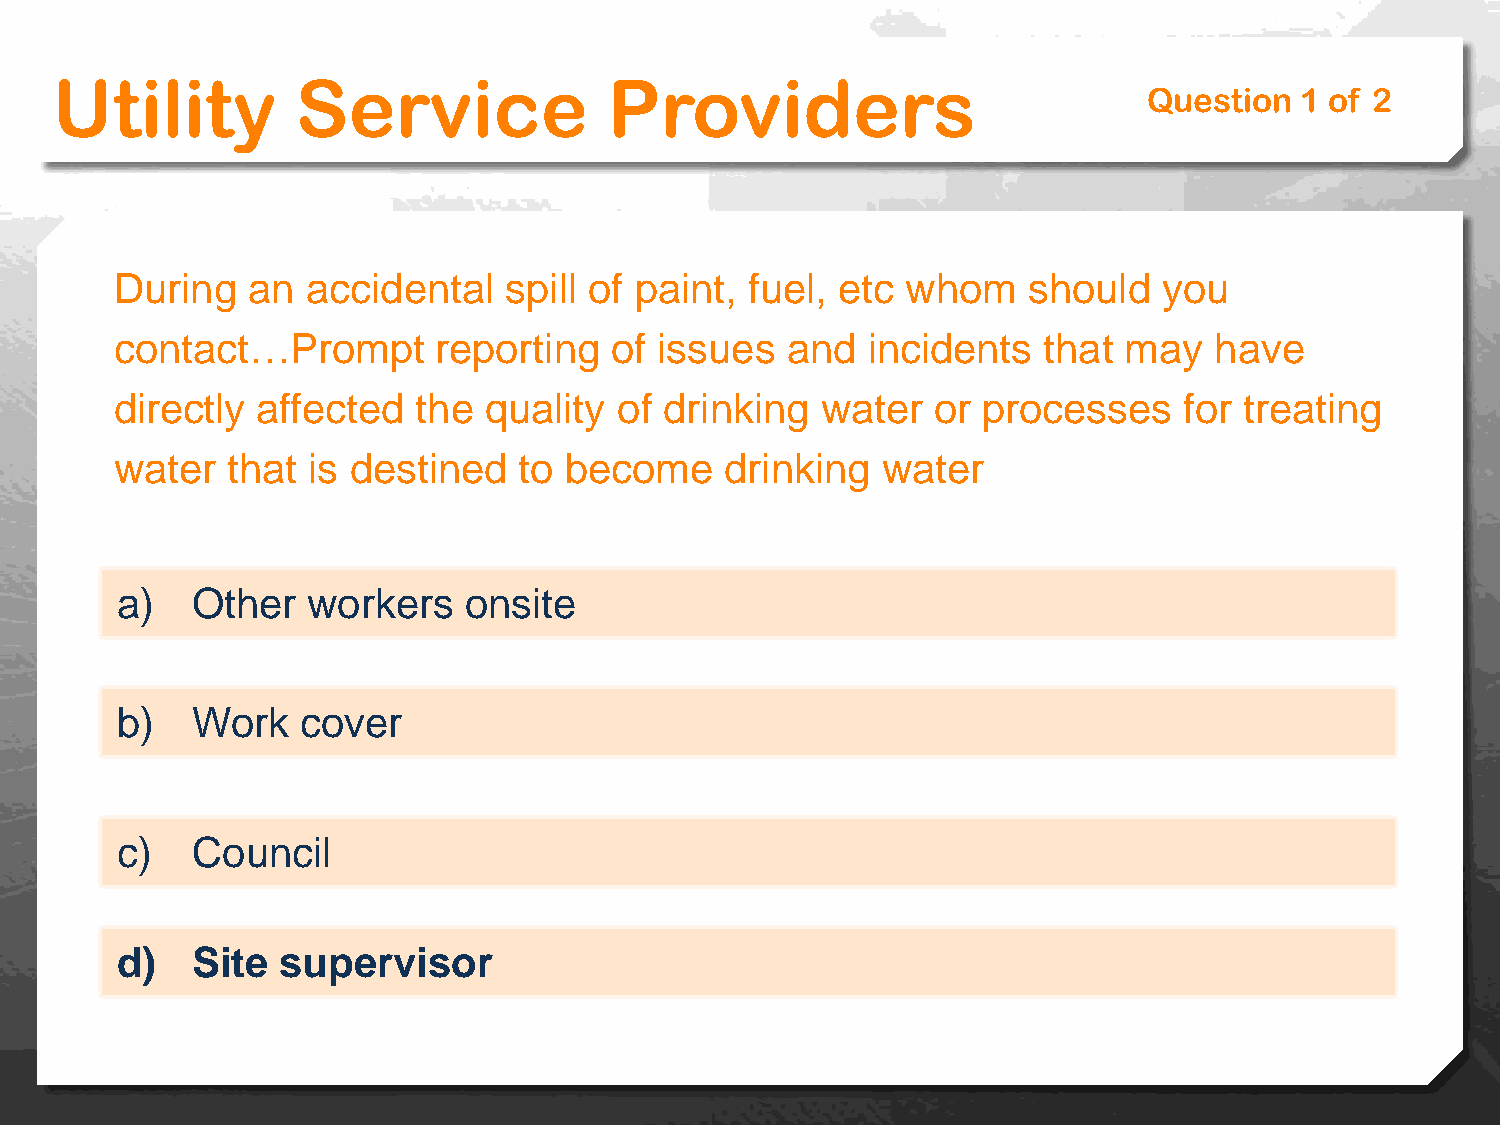
Utility          Service             Providers
 Question  1 of 2
 During  an  accidental   spill of paint,  fuel, etc whom    should   you
 contact…Prompt       reporting  of issues   and  incidents   that may   have
 directly affected   the quality  of drinking  water   or processes    for treating
 water  that is destined   to become     drinking  water
 a)   Other  workers    onsite
 b)   Work   cover
 c)   Council
 d)   Site  supervisor